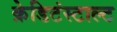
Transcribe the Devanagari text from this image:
क्रेडिटंस्टाल्ट